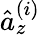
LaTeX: \hat{a}_{z}^{(i)}